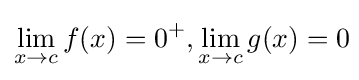
\lim _{x\to c}f(x)=0^{+},\lim _{x\to c}g(x)=0\!